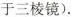
于三棱镜).